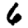
Digit: 6